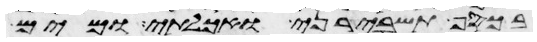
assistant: בכסף תשבירני ואכלתי ומים